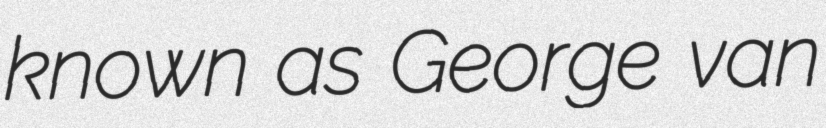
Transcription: known as George van